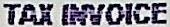
TAX INVOICE